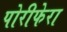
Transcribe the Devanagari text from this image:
पोरीफेरा